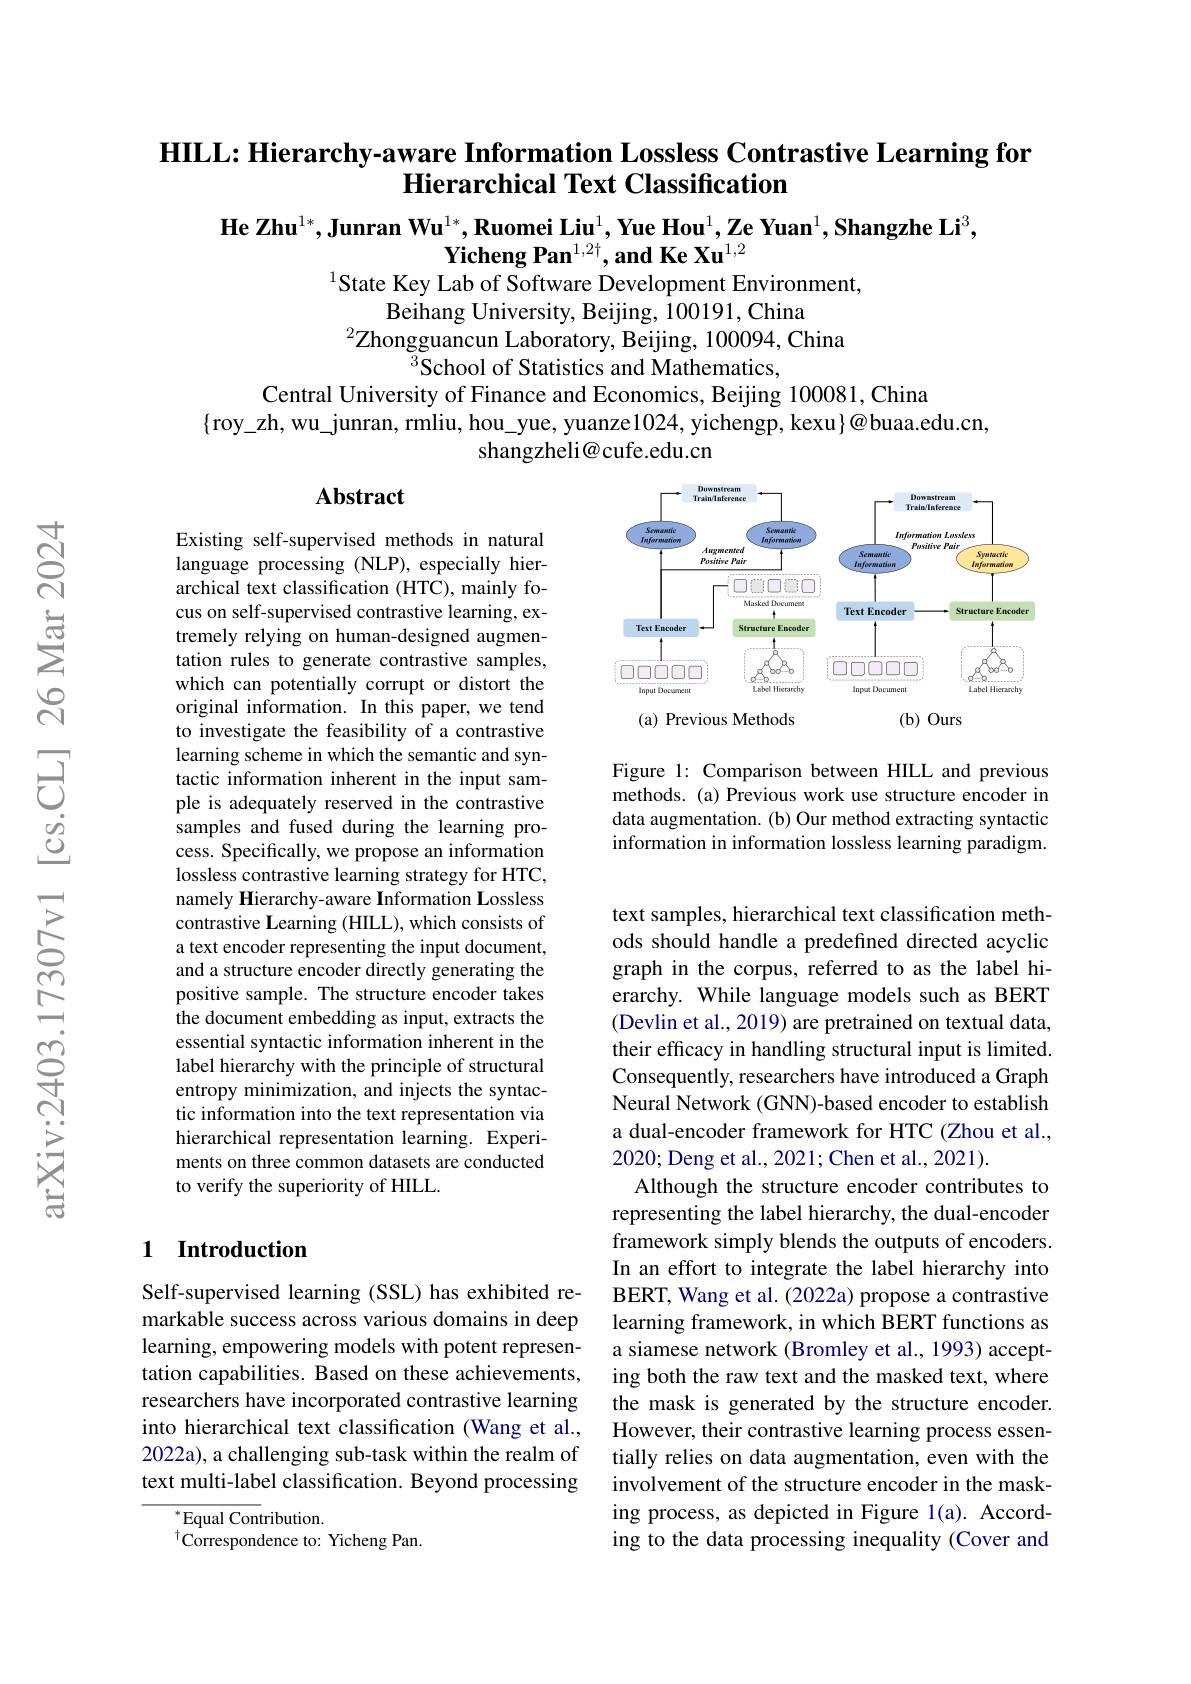
### HILL: Hierarchy-aware Information Lossless Contrastive Learning for Hierarchical Text Classification

$\textbf{He Zhu}^{1*},\textbf{Junran Wu}^{1*},\textbf{Ruomei Liu}^{1},\textbf{Yue Hou}^{1},\textbf{Ze Yuan}^{1},\textbf{Shangzhe Li}^{3}$,
$\textbf{Yicheng Pan}^{1,2\dagger},\textbf{and Ke Xu}^{1,2}$
$^{1}$State Key Lab of Software Development Environment,

$\dot{\text{Beihang University, Beijing, 100191, China}}$
$^2$Zhongguancun Laboratory, Beijing, 100094, China
$^{3}$School of Statistics and Mathematics,

Central University of Finance and Economics, Beijing 100081, China
$\{$roy\_zh, wu\_junran, rmliu, hou\_yue, yuanze1024, yichengp, kexu}@buaa.edu.cn,
shangzheli@cufe.edu.cn

## Abstract

<FigureHere>

Figure 1: Comparison between HILL and previous methods. (a) Previous work use structure encoder in data augmentation. (b) Our method extracting syntactic information in information lossless learning paradigm.

Existing self-supervised methods in natural language processing (NLP), especially hierarchical text classification (HTC), mainly focus on self-supervised contrastive learning, extremely relying on human-designed augmentation rules to generate contrastive samples, which can potentially corrupt or distort the original information. In this paper, we tend to investigate the feasibility of a contrastive learning scheme in which the semantic and syntactic information inherent in the input sample is adequately reserved in the contrastive samples and fused during the learning process. Specifically, we propose an information lossless contrastive learning strategy for HTC, namely Hierarchy-aware Information Lossless contrastive Learning (HILL), which consists of a text encoder representing the input document, and a structure encoder directly generating the positive sample. The structure encoder takes the document embedding as input, extracts the essential syntactic information inherent in the label hierarchy with the principle of structural entropy minimization, and injects the syntactic information into the text representation via hierarchical representation learning. Experiments on three common datasets are conducted to verify the superiority of HILL.

text samples, hierarchical text classification methods should handle a predefined directed acyclic graph in the corpus, referred to as the label hierarchy. While language models such as BERT (Devlin et al., 2019) are pretrained on textual data, their efficacy in handling structural input is limited. Consequently, researchers have introduced a Graph Neural Network (GNN)-based encoder to establish a dual-encoder framework for HTC (Zhou et al., 2020; Deng et al., 2021; Chen et al., 2021).
Although the structure encoder contributes to representing the label hierarchy, the dual-encoder framework simply blends the outputs of encoders. In an effort to integrate the label hierarchy into BERT, Wang et al. (2022a) propose a contrastive learning framework, in which BERT functions as a siamese network (Bromley et al., 1993) accepting both the raw text and the masked text, where the mask is generated by the structure encoder. However, their contrastive learning process essentially relies on data augmentation, even with the involvement of the structure encoder in the masking process, as depicted in Figure 1(a). According to the data processing inequality (Cover and

## 1 Introduction

Self-supervised learning (SSL) has exhibited remarkable success across various domains in deep learning, empowering models with potent representation capabilities. Based on these achievements, researchers have incorporated contrastive learning into hierarchical text classification (Wang et al., 2022a), a challenging sub-task within the realm of text multi-label classification. Beyond processing

$^{*}$Equal Contribution.
$^{\dagger}\dot{\mathrm{Correspondence~to:~Yicheng~Pan.}}$